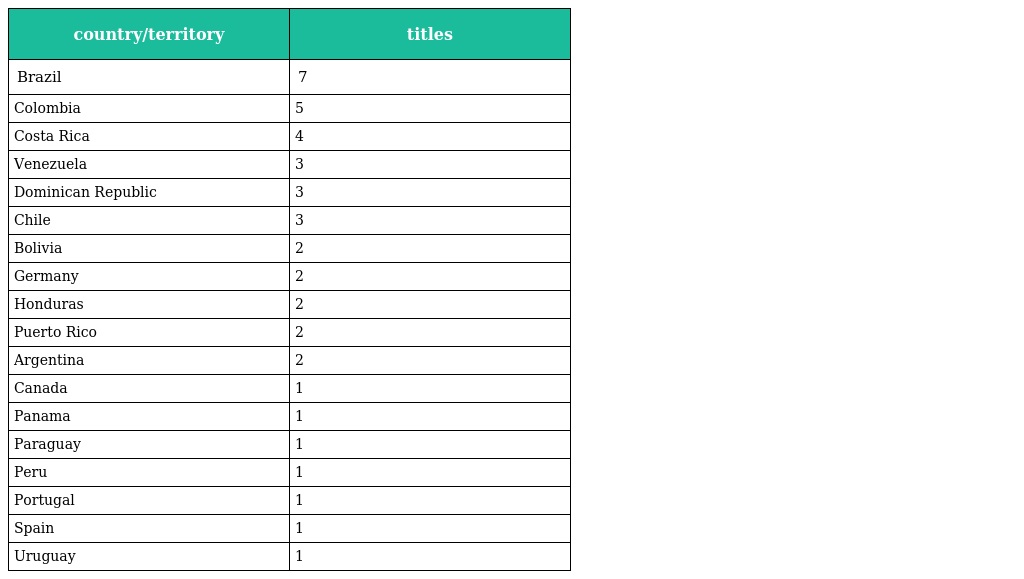
| country/territory | titles |
 | --- | --- |
 | Brazil | 7 |
 | Colombia | 5 |
 | Costa Rica | 4 |
 | Venezuela | 3 |
 | Dominican Republic | 3 |
 | Chile | 3 |
 | Bolivia | 2 |
 | Germany | 2 |
 | Honduras | 2 |
 | Puerto Rico | 2 |
 | Argentina | 2 |
 | Canada | 1 |
 | Panama | 1 |
 | Paraguay | 1 |
 | Peru | 1 |
 | Portugal | 1 |
 | Spain | 1 |
 | Uruguay | 1 |